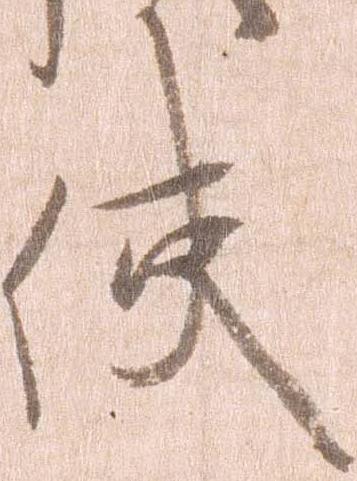
使